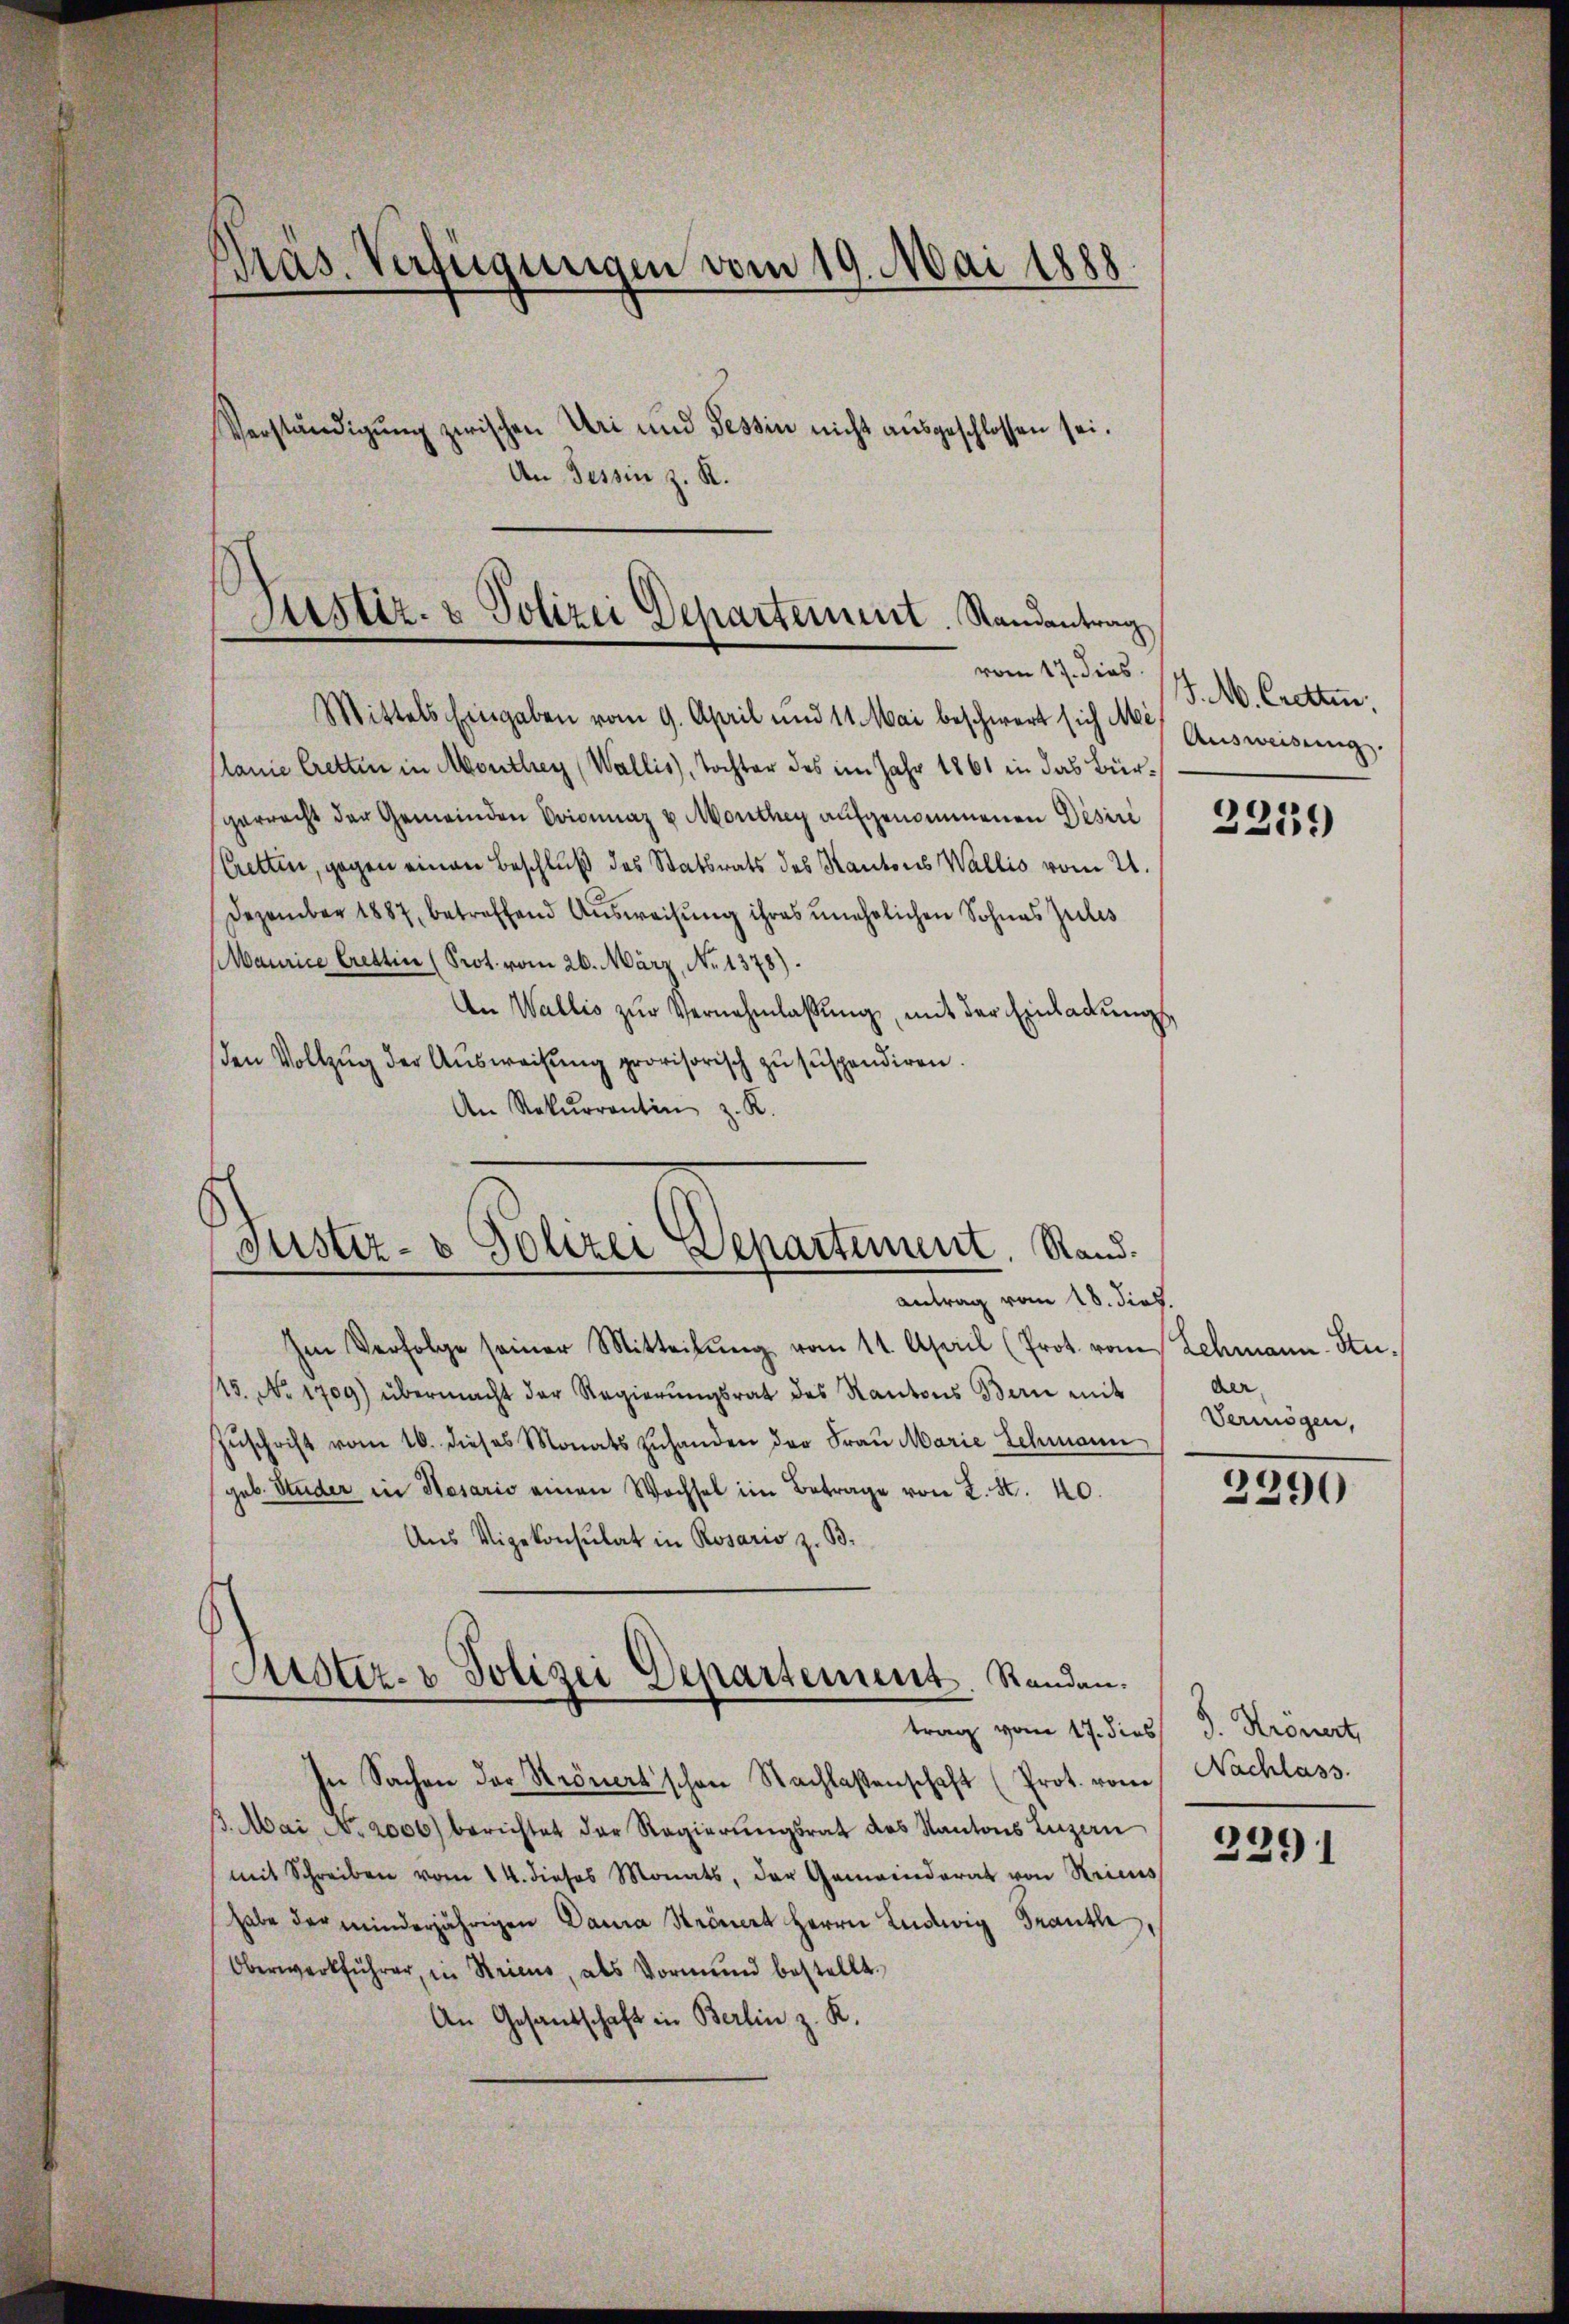
Pras. Verfügungen vom 19. Mai 1888
Verständigung zwischen Uri und Tessin nicht ausgeschlossen sei.
An Tessin z. R.

Justiz- & Polizei Departement. Randantrag

Mittels Eingaben vom 9. April und 11. Mai beschwert sich Mi¬
Planie Cretten in Monthey (Wallis, Tochter des im Jahr 1861 in das Bürgerrecht der Gemeinden Originaz u Monthey aufgenommenen Pesiri
Cretten, gegen einen Beschluß des Statsrats des Kantons Wallis vom 21.
Dezember 1887, betreffend Ausweisung ihres unehelichen Sohnes Zeiles
Maurice Crettin (Prot. vom 26. März, No 1378).
An Wallis zŭr Vernehmlassung, mit der Einladung,
den Vollzug der Ausweisung provisorisch zu suspendiren.
An Rekurrentin z. K.

Antrag vom 18. dies.
Ien Verfolge seiner Mitteilŭng vom 11. April (Prot. vom Lehmann Stu¬
115. No. 1709) übermacht der Regierŭngsrat des Kantons Bern mit
Zŭschrift vom 10. dieses Monats zŭhanden der Fraŭ Marie Schmann
geb. Studer in Hesario einen Wechsel im Betrage von L. S. 40.
Aus Vizekonsulat in Rosario z. B.
Justiz- & Polizei Departement. Standen.
trag vom 17. dies
In Sachen der Krönertschen Nachlaßenschaft (Prot. vom
. Mai No 2000) berichtet der Regierungsrat des Kantons Luzern
mit Schreiben vom 14. dieses Monats, der Gemeinderat von Kricus
habe der minderjährigen Damia Strinert Herrn Ludwig Trautle
Oberwerkführer, in Stricus, als Vormund bestellt.
An Gesandschaft in Berlin z. K.

Justiz- & Polizei Departement. Rand¬

vom 17. dies /. M. Cretten,
Ausweisung.

e
219

der
Vermögen,

2290

J. Krönert,
Nachlass

3391